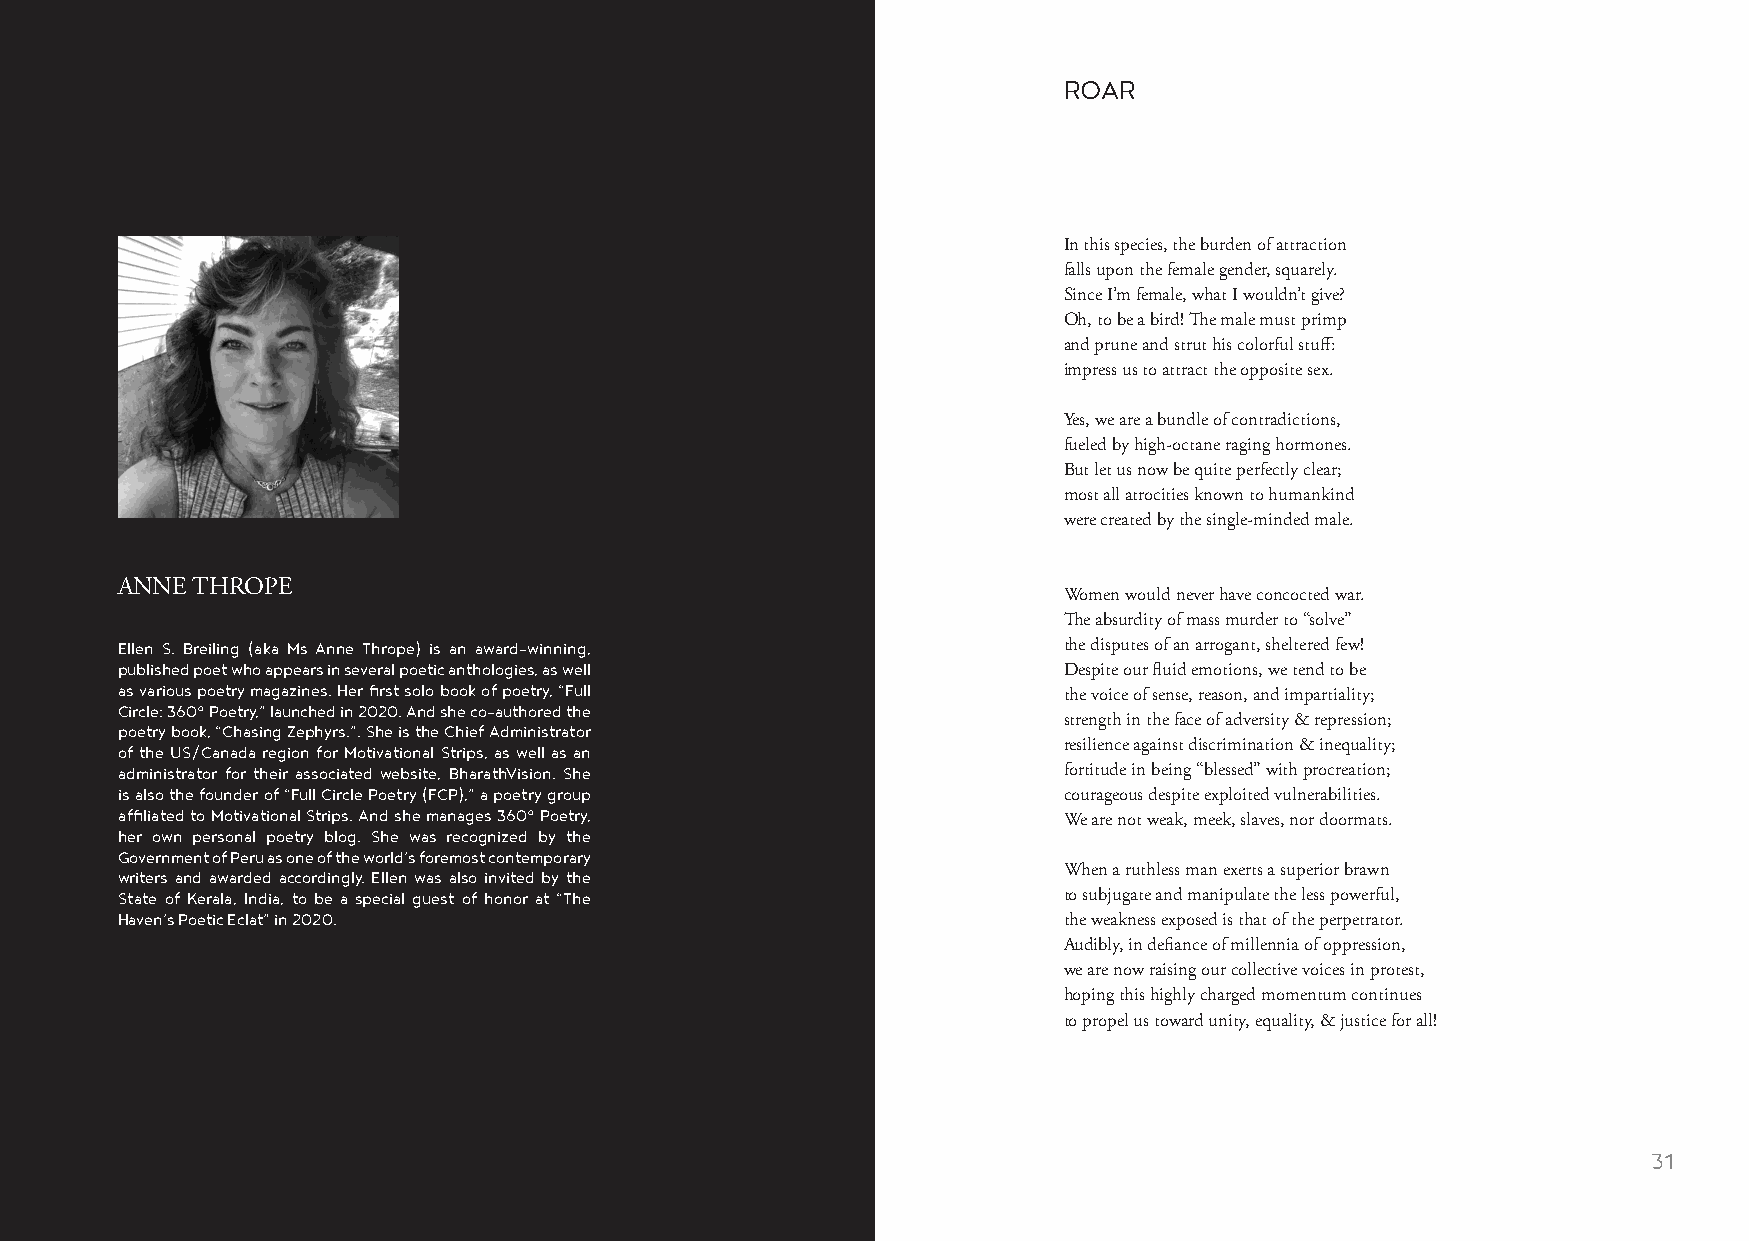
ROAR
 In this species, the burden of attraction
 falls upon the female gender, squarely.
 Since I’m female, what I wouldn’t give?
 Oh, to be a bird! The male must primp
 and prune and strut his colorful stuff:
 impress us to attract the opposite sex.
 Yes, we are a bundle of contradictions,
 fueled by high-octane raging hormones.
 But let us now be quite perfectly clear;
 most all atrocities known to humankind
 were created by the single-minded male.
 ANNE THROPE
 Women would never have concocted war.
 The absurdity of mass murder to “solve”
 Ellen S. Breiling (aka Ms Anne Thrope) is an award-winning,   the disputes of an arrogant, sheltered few!
 published poet who appears in several poetic anthologies, as well Despite our fluid emotions, we tend to be
 as various poetry magazines. Her first solo book of poetry, “Full
 the voice of sense, reason, and impartiality;
 Circle: 360° Poetry,” launched in 2020. And she co-authored the
 strength in the face of adversity & repression;
 poetry book, “Chasing Zephyrs.”. She is the Chief Administrator
 of the US/Canada region for Motivational Strips, as well as an resilience against discrimination & inequality;
 administrator for their associated website, BharathVision. She fortitude in being “blessed” with procreation;
 is also the founder of “Full Circle Poetry (FCP),” a poetry group courageous despite exploited vulnerabilities.
 affiliated to Motivational Strips. And she manages 360° Poetry,
 We are not weak, meek, slaves, nor doormats.
 her own personal poetry blog. She was recognized by the
 Government of Peru as one of the world’s foremost contemporary
 writers and awarded accordingly. Ellen was also invited by the When a ruthless man exerts a superior brawn
 State of Kerala, India, to be a special guest of honor at “The to subjugate and manipulate the less powerful,
 Haven’s Poetic Eclat” in 2020.                                the weakness exposed is that of the perpetrator.
 Audibly, in defiance of millennia of oppression,
 we are now raising our collective voices in protest,
 hoping this highly charged momentum continues
 to propel us toward unity, equality, & justice for all!
 30                                                                                                      31